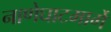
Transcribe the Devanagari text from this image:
नाणेघाटमार्गे